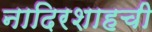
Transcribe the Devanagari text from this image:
नादिरशाहची